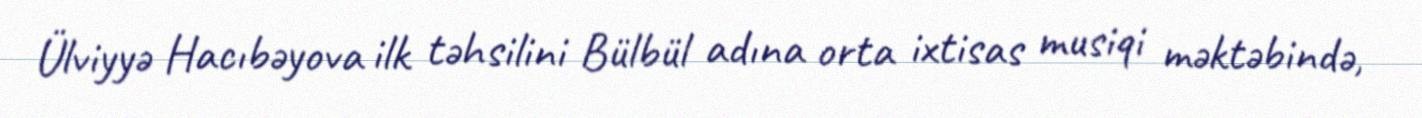
Ülviyyə Hacıbəyova ilk təhsilini Bülbül adına orta ixtisas musiqi məktəbində,